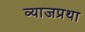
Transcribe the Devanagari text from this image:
व्याजप्रथा